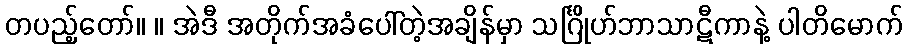
တပည့်တော်။ ။ အဲဒီ အတိုက်အခံပေါ်တဲ့အချိန်မှာ သင်္ဂြိုဟ်ဘာသာဋီကာနဲ့ ပါတိမောက်